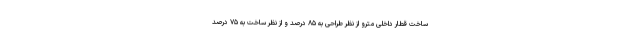
ساخت قطار داخلی مترو از نظر طراحی به ۸۵ درصد و از نظر ساخت به ۷۵ درصد